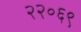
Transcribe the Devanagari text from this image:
२२०६९